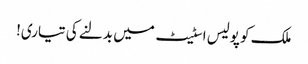
ملک کو پولیس اسٹیٹ میں بدلنے کی تیاری!